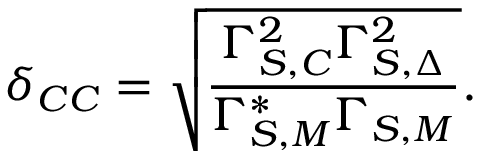
\delta _ { C C } = \sqrt { \frac { \Gamma _ { S , C } ^ { 2 } \Gamma _ { S , \Delta } ^ { 2 } } { \Gamma _ { S , M } ^ { * } \Gamma _ { S , M } } } .